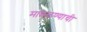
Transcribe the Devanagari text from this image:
मावळण्याची